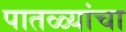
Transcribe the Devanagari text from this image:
पातळ्यांचा